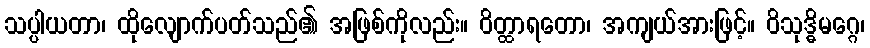
သပ္ပါယတာ၊ ထိုလျောက်ပတ်သည်၏ အဖြစ်ကိုလည်း။ ဝိတ္ထာရတော၊ အကျယ်အားဖြင့်။ ဝိသုဒ္ဓိမဂ္ဂေ၊